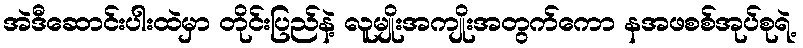
အဲဒီဆောင်းပါးထဲမှာ တိုင်းပြည်နဲ့ လူမျိုးအကျိုးအတွက်ကော နအဖစစ်အုပ်စုရဲ့